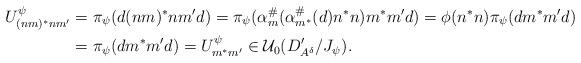
LaTeX: \begin{align*}U^\psi_{(nm)^*nm'}&=\pi_\psi(d(nm)^*nm'd)=\pi_\psi(\alpha_m^\#(\alpha_{m^*}^\#(d)n^*n)m^*m'd)=\phi(n^*n)\pi_\psi(dm^*m'd)\\&=\pi_\psi(dm^*m'd)=U^\psi_{m^*m'}\in\mathcal{U}_0(D'_{A^\delta}/J_\psi).\end{align*}